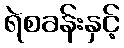
ရဲစခန်းနှင့်